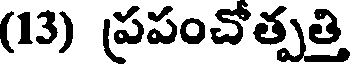
(13) ప్రపంచోత్పత్తి